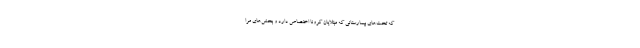
که تخت‌های بیمارستانی که مبتلایان کرونا اختصاص دارد و بخش‌های مرا